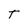
Character: t